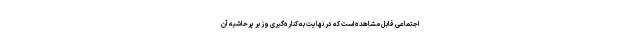
اجتماعی قابل مشاهده است که در نهایت به کناره‌گیری وزیر پرحاشیه آن